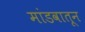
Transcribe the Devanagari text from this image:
मांडवातून